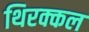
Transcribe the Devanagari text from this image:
थिरक्कल